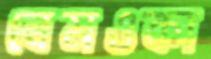
বেমওকা